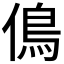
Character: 𠌵